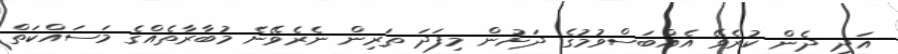
އަދި ދެން ކުރެވޭ އެއްބަސްވުމުގެ ދަށުން މިފަދަ ތަރިން ނެރެވޭނެ މުބާރާތެއްގެ މަސައްކަތް